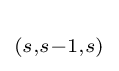
_{(s,s-1,s)}